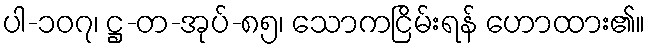
ပါ-၁၀၇၊ ဋ္ဌ-တ-အုပ်-၈၅၊ သောကငြိမ်းရန် ဟောထား၏။